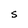
Character: S